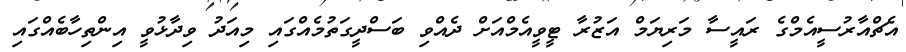
އެޗްއާރުސީއެމްގެ ރައީސާ މަރިޔަމް އަޒުރާ ޓީވީއެމްއަށް ދެއްވި ބަސްދީގަތުމެއްގައި މިއަދު ވިދާޅުވީ އިންތިހާބެއްގައި